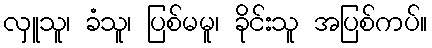
လှူသူ၊ ခံသူ၊ ပြစ်မမူ၊ ခိုင်းသူ အပြစ်ကပ်။